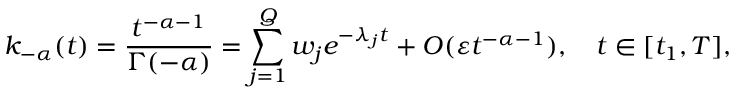
k _ { - \alpha } ( t ) = \frac { t ^ { - \alpha - 1 } } { \Gamma ( - \alpha ) } = \sum _ { j = 1 } ^ { Q } w _ { j } e ^ { - \lambda _ { j } t } + O ( \varepsilon t ^ { - \alpha - 1 } ) , \quad t \in [ t _ { 1 } , T ] ,